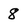
Character: 8